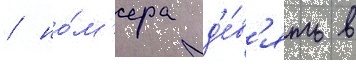
/ но́м'ера д'е́в'ять в